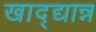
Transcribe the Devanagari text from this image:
खाद्द्यान्न